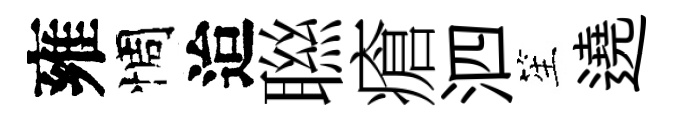
雍惆迨聮瘡泗笙遶